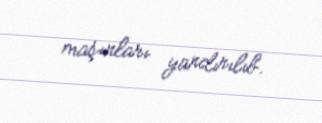
maşınları yandırılıb.